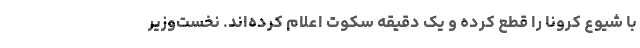
با شیوع کرونا را قطع کرده و یک دقیقه سکوت اعلام کرده‌اند. نخست‌وزیر